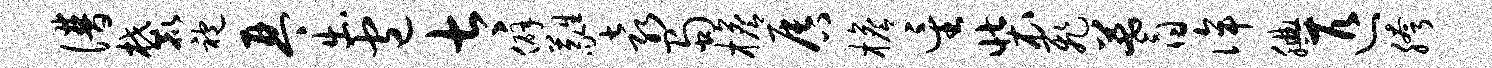
谱麓袍琴出包太僻蕤袁蜀檐唇檐星装飞蓍侔腆匹胯